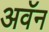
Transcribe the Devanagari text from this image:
अवॅन